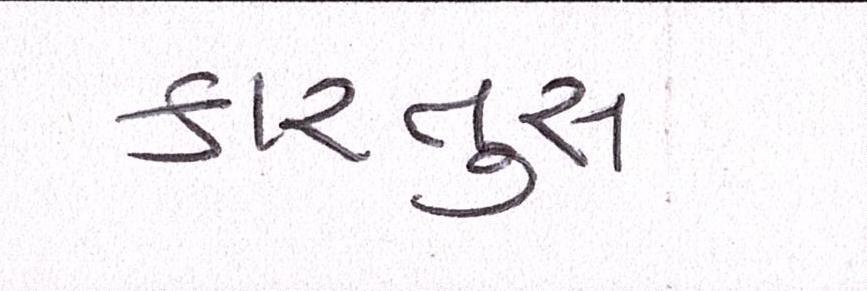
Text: કારતુસ